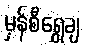
မှန်စီရွှေချ